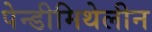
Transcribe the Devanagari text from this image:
पेन्डीमिथेलीन